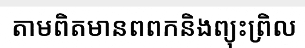
តាមពិតមានពពកនិងព្យុះព្រិល